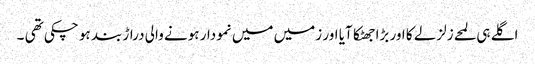
اگلے ہی لمحے زلزلے کا اور بڑا جھٹکا آیا اور زمیں میں نمودار ہونے والی دراڑ بند ہو چکی تھی ۔